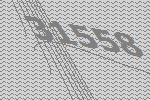
31558